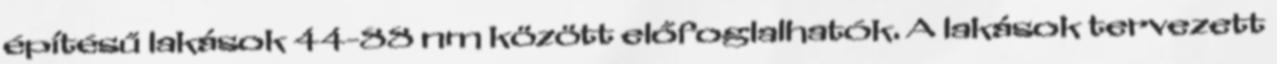
építésű lakások 44-88 nm között előfoglalhatók. A lakások tervezett